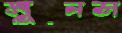
মুনস